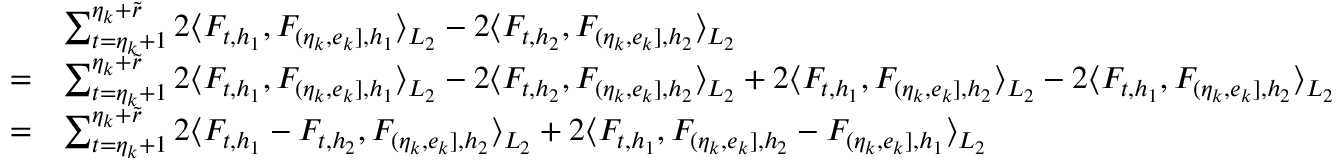
\begin{array} { r l } & { \sum _ { t = \eta _ { k } + 1 } ^ { \eta _ { k } + \widetilde { r } } 2 \langle F _ { t , h _ { 1 } } , F _ { ( \eta _ { k } , e _ { k } ] , { h _ { 1 } } } \rangle _ { L _ { 2 } } - 2 \langle F _ { t , h _ { 2 } } , F _ { ( \eta _ { k } , e _ { k } ] , { h _ { 2 } } } \rangle _ { L _ { 2 } } } \\ { = } & { \sum _ { t = \eta _ { k } + 1 } ^ { \eta _ { k } + \widetilde { r } } 2 \langle F _ { t , h _ { 1 } } , F _ { ( \eta _ { k } , e _ { k } ] , { h _ { 1 } } } \rangle _ { L _ { 2 } } - 2 \langle F _ { t , h _ { 2 } } , F _ { ( \eta _ { k } , e _ { k } ] , { h _ { 2 } } } \rangle _ { L _ { 2 } } + 2 \langle F _ { t , h _ { 1 } } , F _ { ( \eta _ { k } , e _ { k } ] , { h _ { 2 } } } \rangle _ { L _ { 2 } } - 2 \langle F _ { t , h _ { 1 } } , F _ { ( \eta _ { k } , e _ { k } ] , { h _ { 2 } } } \rangle _ { L _ { 2 } } } \\ { = } & { \sum _ { t = \eta _ { k } + 1 } ^ { \eta _ { k } + \widetilde { r } } 2 \langle F _ { t , h _ { 1 } } - F _ { t , h _ { 2 } } , F _ { ( \eta _ { k } , e _ { k } ] , { h _ { 2 } } } \rangle _ { L _ { 2 } } + 2 \langle F _ { t , h _ { 1 } } , F _ { ( \eta _ { k } , e _ { k } ] , { h _ { 2 } } } - F _ { ( \eta _ { k } , e _ { k } ] , { h _ { 1 } } } \rangle _ { L _ { 2 } } } \end{array}